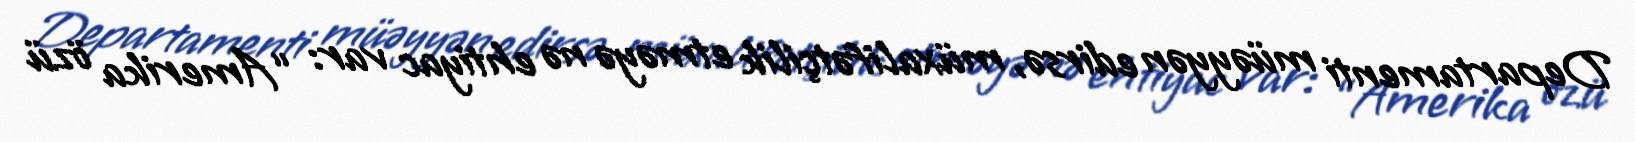
Departamenti müəyyən edirsə, müxalifətçilik etməyə nə ehtiyac var: “Amerika özü